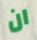
ان